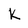
Character: k